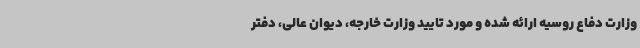
وزارت دفاع روسیه ارائه شده و مورد تایید وزارت خارجه، دیوان عالی، دفتر